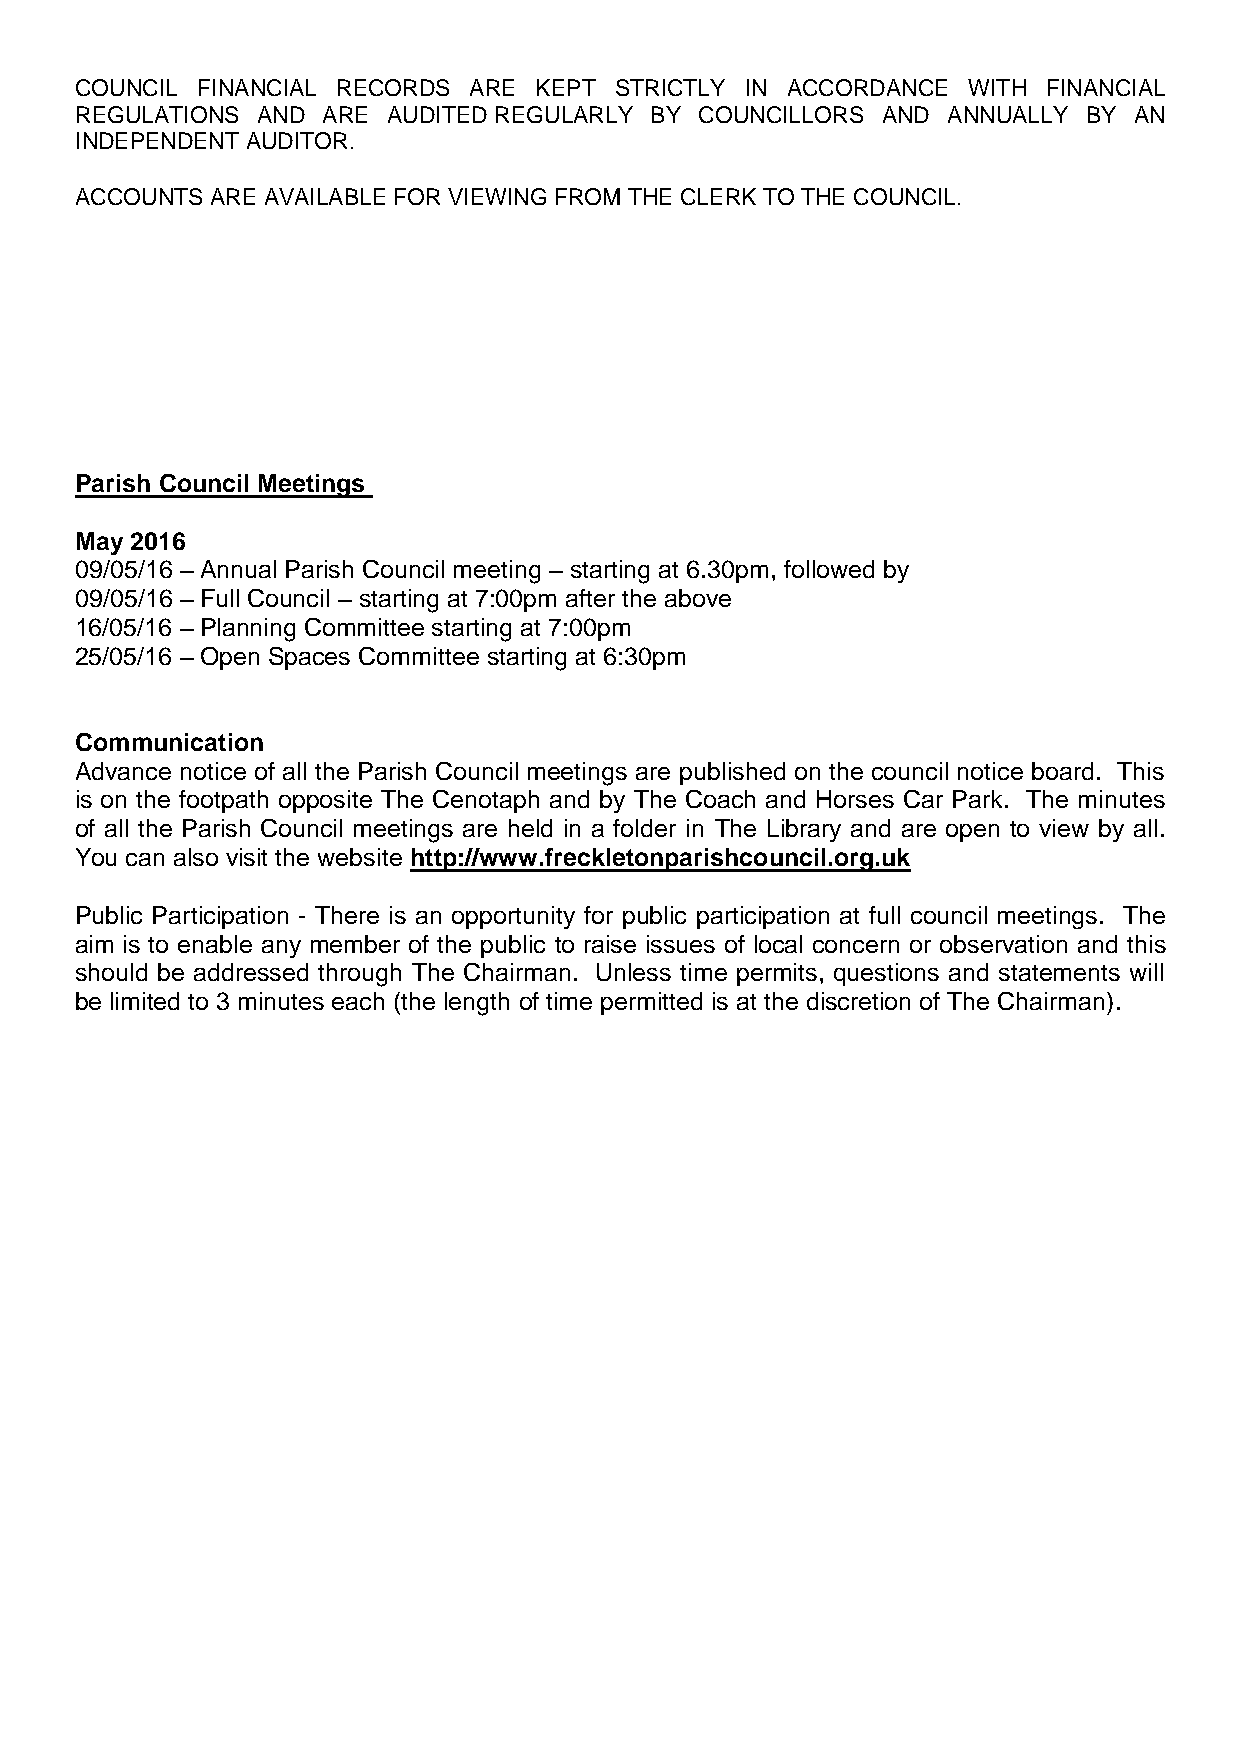
COUNCIL FINANCIAL RECORDS ARE KEPT  STRICTLY IN ACCORDANCE WITH FINANCIAL
 REGULATIONS AND ARE  AUDITED REGULARLY BY COUNCILLORS AND ANNUALLY BY AN
 INDEPENDENT AUDITOR.
 ACCOUNTS ARE AVAILABLE FOR VIEWING FROM THE CLERK TO THE COUNCIL.
 Parish Council Meetings
 May 2016
 09/05/16 – Annual Parish Council meeting – starting at 6.30pm, followed by
 09/05/16 – Full Council – starting at 7:00pm after the above
 16/05/16 – Planning Committee starting at 7:00pm
 25/05/16 – Open Spaces Committee starting at 6:30pm
 Communication
 Advance notice of all the Parish Council meetings are published on the council notice board. This
 is on the footpath opposite The Cenotaph and by The Coach and Horses Car Park. The minutes
 of all the Parish Council meetings are held in a folder in The Library and are open to view by all.
 You can also visit the website http://www.freckletonparishcouncil.org.uk
 Public Participation - There is an opportunity for public participation at full council meetings. The
 aim is to enable any member of the public to raise issues of local concern or observation and this
 should be addressed through The Chairman. Unless time permits, questions and statements will
 be limited to 3 minutes each (the length of time permitted is at the discretion of The Chairman).